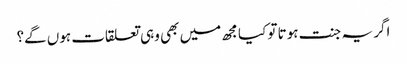
اگر یہ جنت ہوتا تو کیا مجھ میں بھی وہی تعلقات ہوں گے؟